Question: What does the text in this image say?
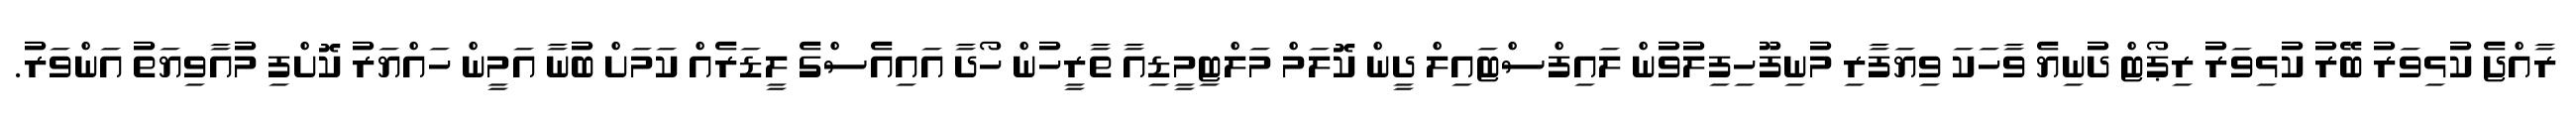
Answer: ރާއްޖެ ކުޅިވަރު ބޭރު ކުޅިވަރު ރިޕޯޓް ދުނިޔެ ވާހަކަ ވިޔަފާރި މުނިފޫހިފިލުވުން ލައިފްސްޓައިލް ދީން ކޮލަމް މަލްޓިމީޑިއާ ތާރީހުން ހޯދާ އައިއެސްގެ ލީޑަރެއް ކަމަށް ބުނާ އަމީން ހައްޔަރު ކޮށްފި މުއާވިޔަތު އަންވަރު.